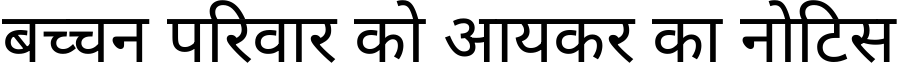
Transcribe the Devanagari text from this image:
बच्चन परिवार को आयकर का नोटिस